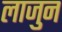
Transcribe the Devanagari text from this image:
लाजुन